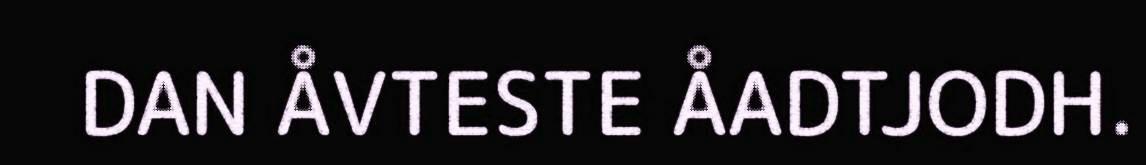
DAN ÅVTESTE ÅADTJODH.